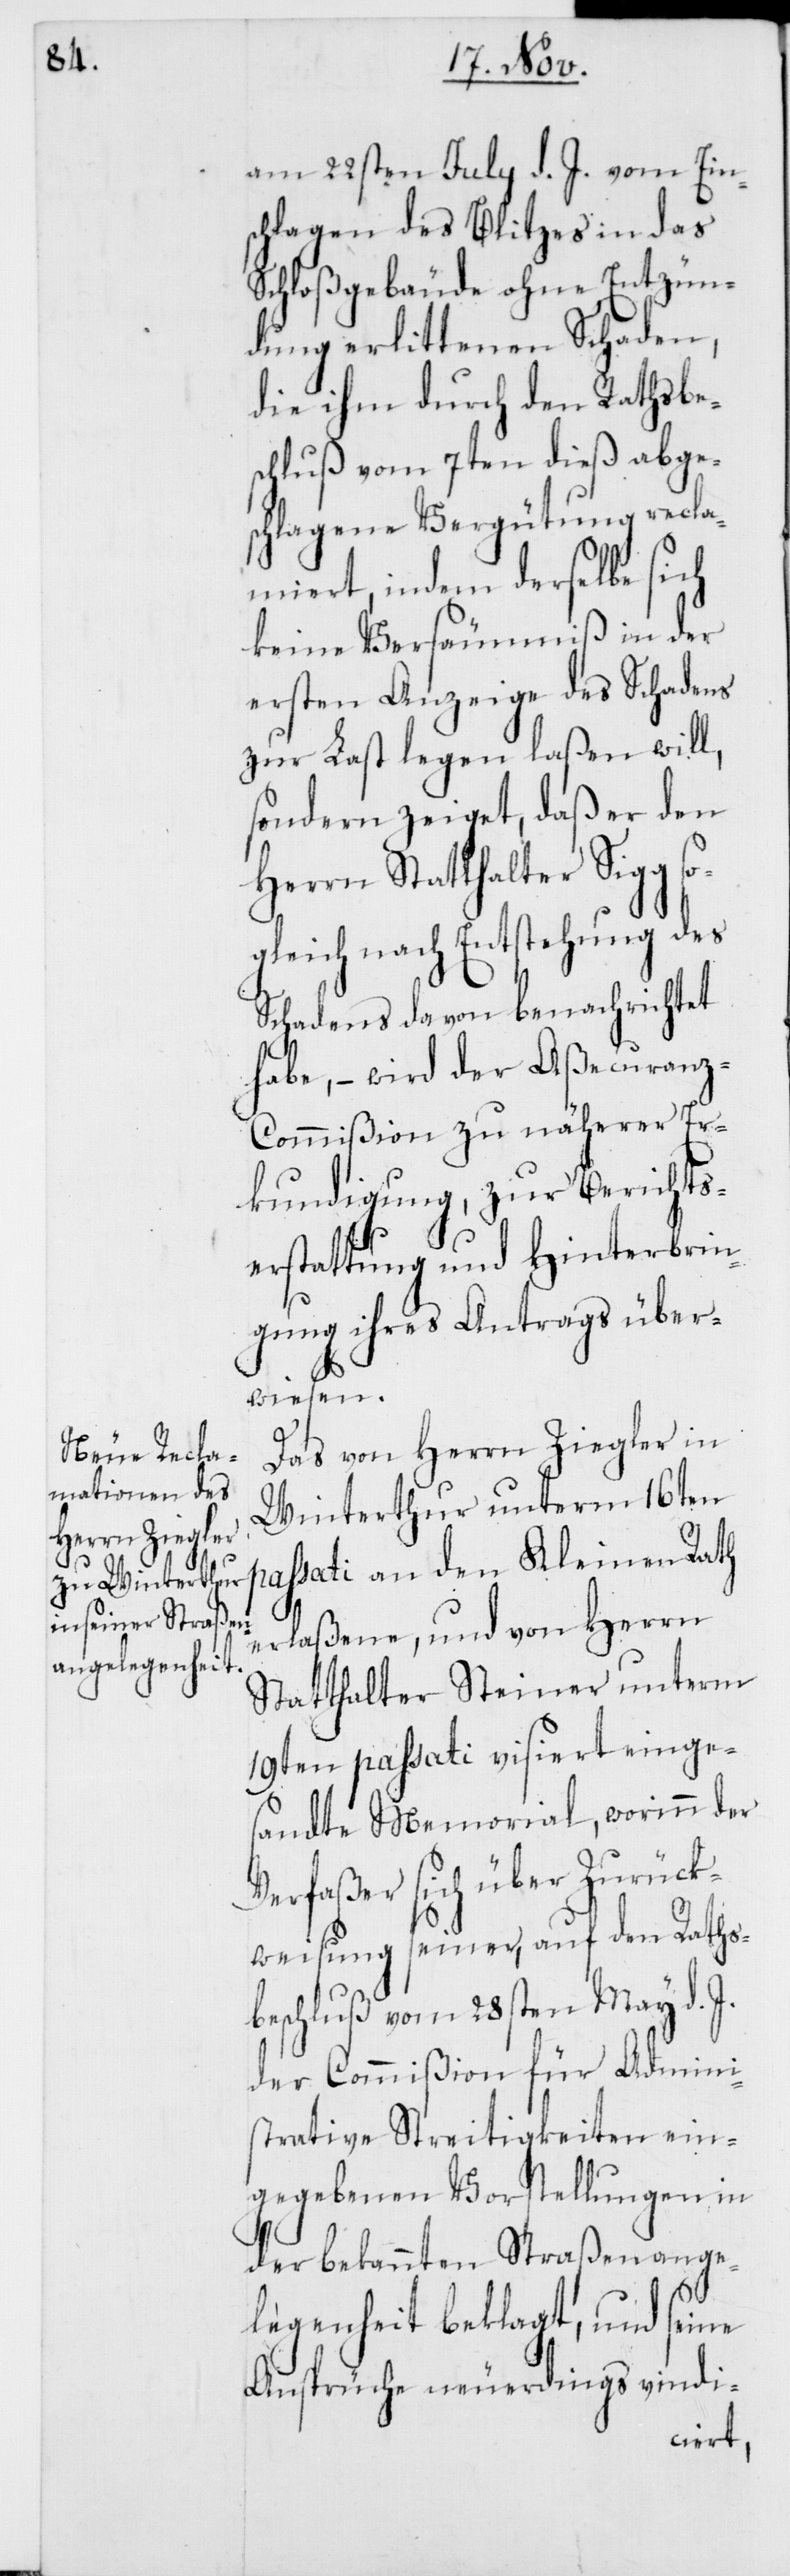
p¬

am 22sten Julii d. J. vom Eins¬
chlagen des Blitzes in das
Schloßgebäude ohne Entzün¬
dung erlittenen Schaden,
die ihm durch den Rathsbe¬
schluß vom 7ten dieß abge¬
schlagene Vergütung recla¬
miert, indem derselbe sich
keine Versäumniß in der
ersten Anzeige des Schadens
zur Last legen laßen will,
sondern zeiget, daß er den
Herrn Statthalter Sigg so¬
gleich nach Entstehung des
Schadens davon benachrichtet
habe, – wird der Aßecuran¬
z-Commißion zu näherer Er¬
kundigung, zur Berichts¬
erstattung und Hinterbrin¬
gung ihres Antrags über¬
wiesen.
Das von Herrn Ziegler in
Winterthur unterm 16ten
assati an den Kleinen Rath
erlaßene, und von Herrn
Statthalter Steiner unterm
19ten passati visiert einges¬
andte Memorial, worinn der
Verfaßer sich über Zurück¬
weisung seiner, auf den Raths¬
beschluß vom 28sten May d. J.
der Commißion für Admini¬
strative Streitigkeiten ein¬
gegebenen Vorstellungen in
der bekannten Straßenange¬
legenheit beklagt, und seine
Ansprüche neuerdings vindi-